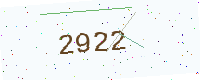
Text: 2922